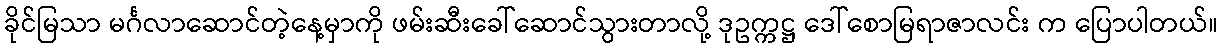
ခိုင်မြသာ မင်္ဂလာဆောင်တဲ့နေ့မှာကို ဖမ်းဆီးခေါ်ဆောင်သွားတာလို့ ဒုဥက္ကဋ္ဌ ဒေါ်စောမြရာဇာလင်း က ပြောပါတယ်။